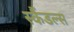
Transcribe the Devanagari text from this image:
स्‍कैंडल्‍स